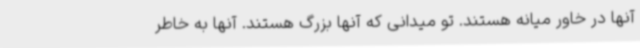
آنها در خاور میانه هستند. تو میدانی که آنها بزرگ هستند. آنها به خاطر